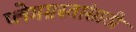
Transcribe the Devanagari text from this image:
प्लेगग्रस्तांसाठी